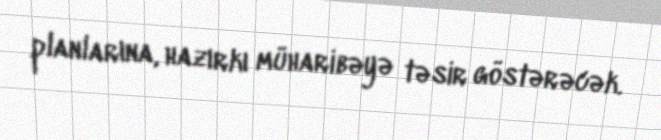
planlarına, hazırkı müharibəyə təsir göstərəcək.